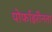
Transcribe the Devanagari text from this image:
पोर्फाइरीनता